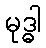
မုဒ္ဓါ